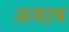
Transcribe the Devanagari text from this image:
अजा़ब